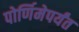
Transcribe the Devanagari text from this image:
पोर्णिमेपर्यंत